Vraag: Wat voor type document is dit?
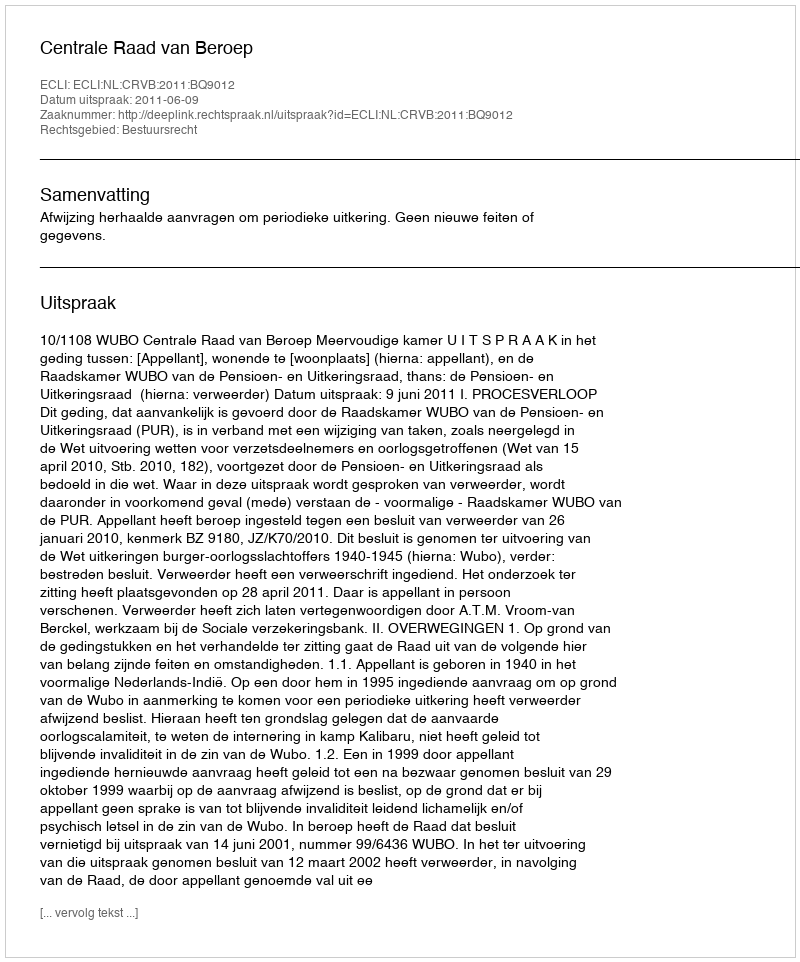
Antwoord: Uitspraak